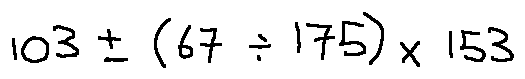
1 0 3 \pm ( 6 7 \div 1 7 5 ) \times 1 5 3